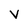
Character: V